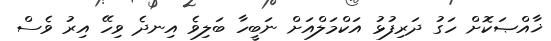
ޚާއްޞަކޮށް ހަގު ދަރިފުޅު އަކްމަލްއަށް ނަބީހާ ބަލިވެ އިނދެ ވިހޭ އިރު ވެސް